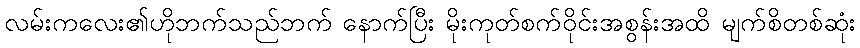
လမ်းကလေး၏ဟိုဘက်သည်ဘက် နောက်ပြီး မိုးကုတ်စက်ဝိုင်းအစွန်းအထိ မျက်စိတစ်ဆုံး